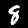
Label: 8